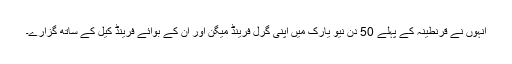
انہوں نے قرنطینہ کے پہلے 50 دن نیو یارک میں اپنی گرل فرینڈ میگن اور ان کے بوائے فرینڈ کیل کے ساتھ گزارے۔